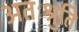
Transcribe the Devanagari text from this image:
अतःश्रुति